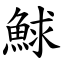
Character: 鯄